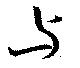
与